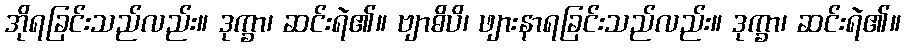
အိုရခြင်းသည်လည်း။ ဒုက္ခာ၊ ဆင်းရဲ၏။ ဗျာဓိပိ၊ ဖျားနာရခြင်းသည်လည်း။ ဒုက္ခာ၊ ဆင်းရဲ၏။